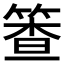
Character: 𰪈